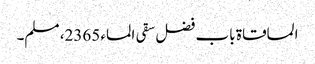
المساقاۃ باب فضل سقی الماء 2365، مسلم۔